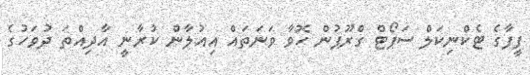
ފީފާގެ ޓެކްނިކަލް ސަޕޯޓް ގްރޫޕުން ހޮވާ ވަނަތައް އިއުލާން ކުރާނީ އާދިއްތަ ދުވަހުގެ